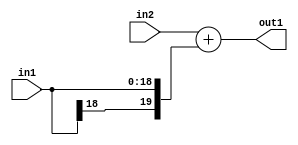
`timescale 1ps / 1ps
/*****************************************************************************
    Verilog RTL Description
    
    
    Created by: Stratus DpOpt 2019.1.01 
*******************************************************************************/

module SobelFilter_Add_20Sx19S_20S_4 (
	in2,
	in1,
	out1
	); /* architecture "behavioural" */ 
input [19:0] in2;
input [18:0] in1;
output [19:0] out1;
wire [19:0] asc001;

assign asc001 = 
	+(in2)
	+({in1[18], in1});

assign out1 = asc001;
endmodule

/* CADENCE  ubLyTgA= : u9/ySgnWtBlWxVPRXgAZ4Og= ** DO NOT EDIT THIS LINE ******/